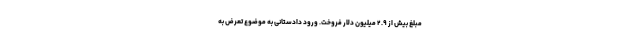
مبلغ بیش از ۲.۹ میلیون دلار فروخت. ورود دادستانی به موضوع تعرض به